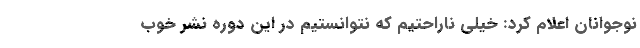
نوجوانان اعلام کرد: خیلی ناراحتیم که نتوانستیم در این دوره نشر خوب